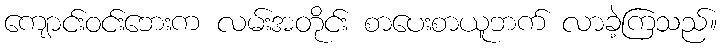
ကျောင်းဝင်းဘေးက လမ်းအတိုင်း စာပေးစာယူဘက် လာခဲ့ကြသည်။